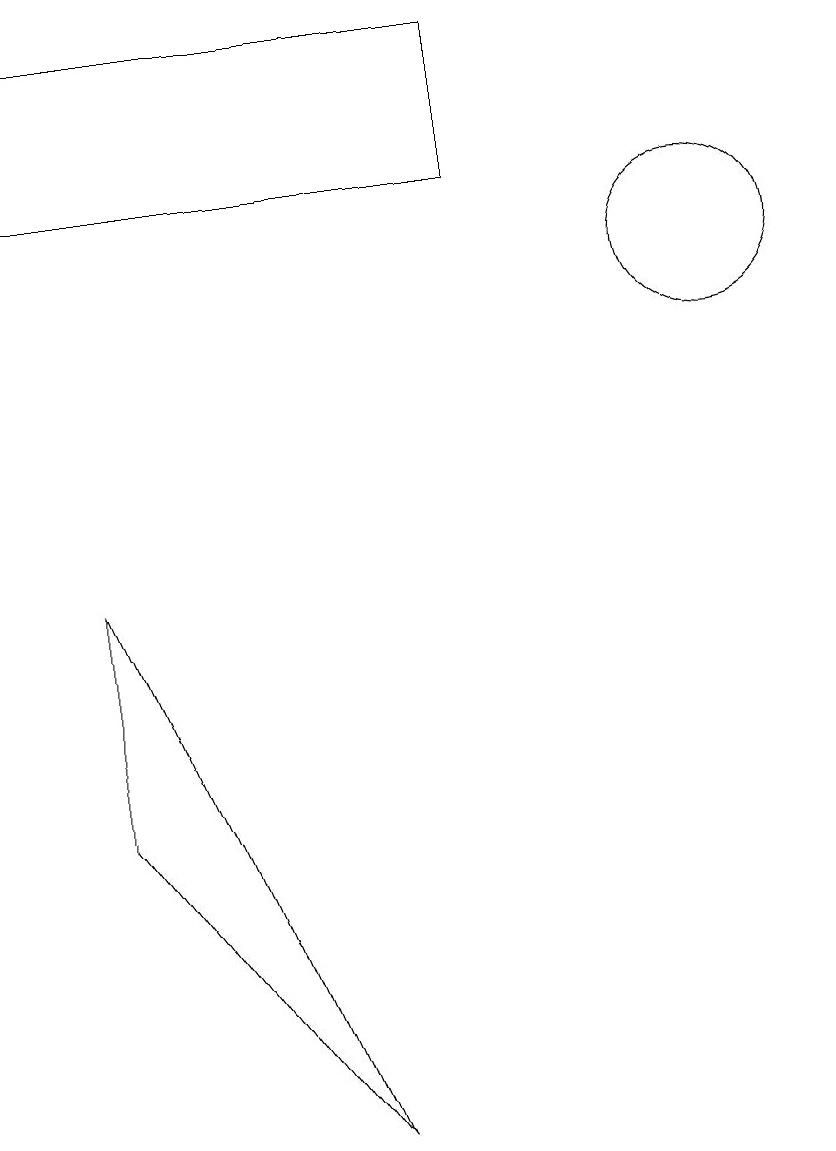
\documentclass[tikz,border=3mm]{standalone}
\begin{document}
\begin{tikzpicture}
\draw (1,15) rectangle (7,13);
\draw (5,1) -- (2,8) -- (2,5) -- cycle;
\draw (10,12) circle (1);
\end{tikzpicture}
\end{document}